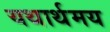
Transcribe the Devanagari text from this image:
यथार्थमय